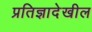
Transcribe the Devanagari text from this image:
प्रतिज्ञादेखील